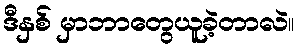
ဒီနှစ် မှာဘာတွေယူခဲ့တာလဲ။